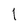
Character: l